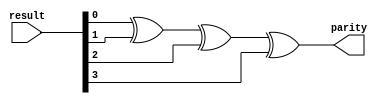
module generator(input [3:0] result, output parity);
	assign parity = result[0] ^ result[1] ^ result[2] ^ result[3];
endmodule